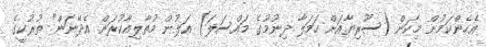
އެހެންކަމުން މިކަން (ސޫރިޔާއަށް ހަމަލާ ދިނުމުގެ މައްސަލަ) އަލުން މުތާލިއާކުރަން އެދޭނަން" ތުރުކީގެ